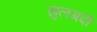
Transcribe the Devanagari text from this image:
सुलगदी